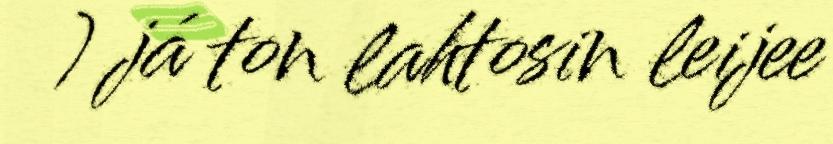
) já ton lahtosin leijee